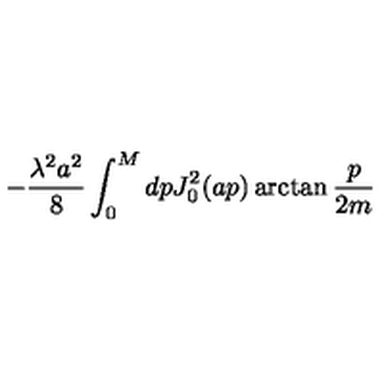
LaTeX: - \frac { \lambda ^ { 2 } a ^ { 2 } } { 8 } \int _ { 0 } ^ { M } d p J _ { 0 } ^ { 2 } ( a p ) \arctan \frac { p } { 2 m }